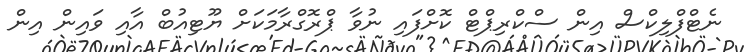
ނެޓްފްލިކްސް އިން ސްކްރިޕްޓް ކޮށްފައި ނުވާ ޕްރޮގްރާމަކަށް ޔޫޓިއުބް އާއި ވައިން އިން